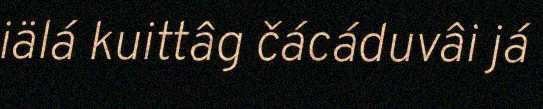
iälá kuittâg čácáduvâi já